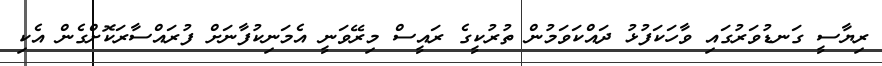
ރިޔާސީ ގަނޑުވަރުގައި ވާހަކަފުޅު ދައްކަވަމުން ތުރުކީގެ ރައީސް މިރޭވަނީ އެމަނިކުފާނަށް ފުރައްސާރަކޮށްގެން އެކި